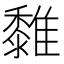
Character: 𩁄